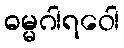
ဓမ္မဂါရဝေါ